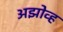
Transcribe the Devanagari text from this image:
अझोव्ह